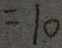
= 1 0